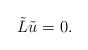
\begin{align*}\tilde L \tilde u=0.\end{align*}